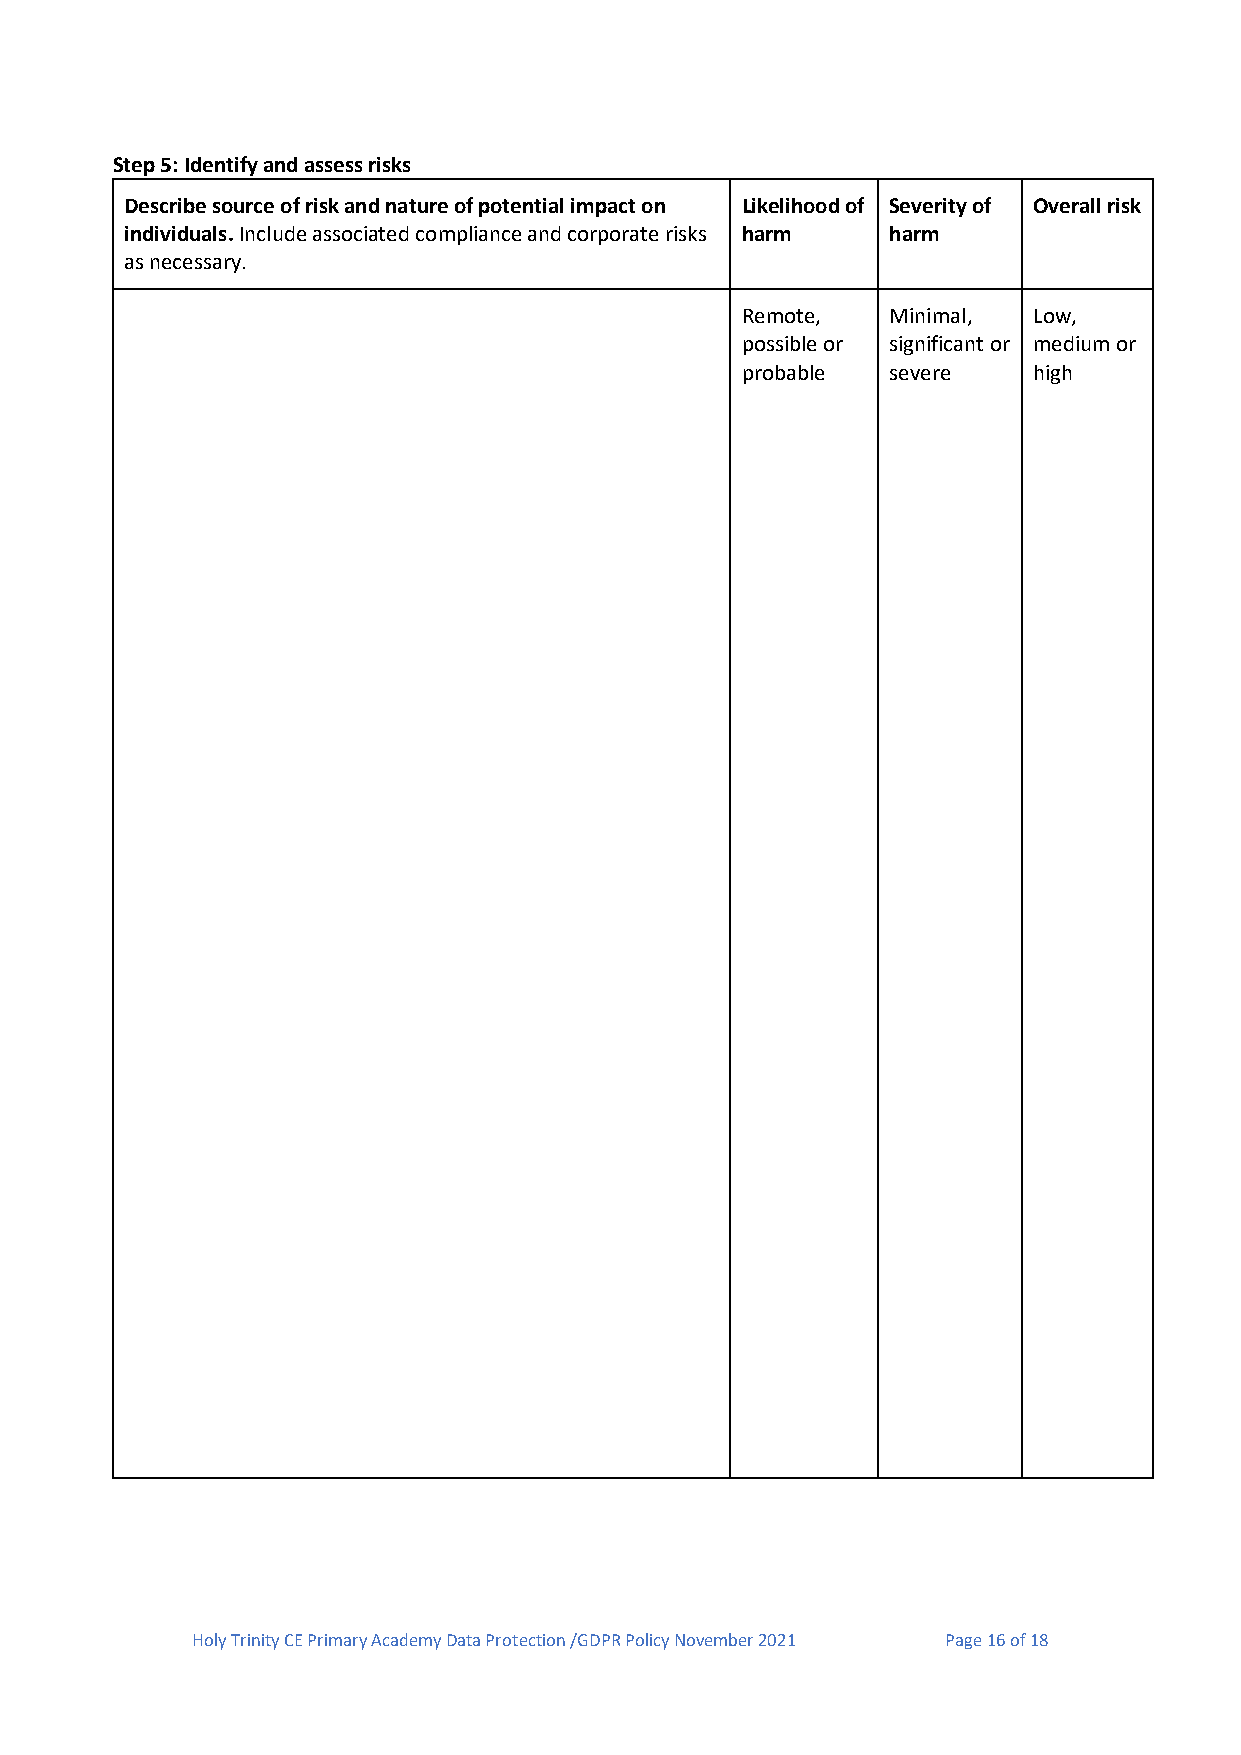
Step 5: Identify and assess risks
 Describe source of risk and nature of potential impact on Likelihood of Severity of Overall risk
 individuals. Include associated compliance and corporate risks harm harm
 as necessary.
 Remote,   Minimal, Low,
 possible or significant or medium or
 probable  severe   high
 Holy Trinity CE Primary Academy Data Protection /GDPR Policy November 2021 Page 16 of 18